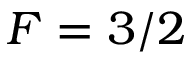
F = 3 / 2